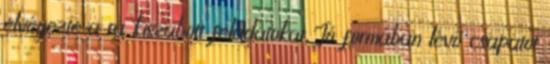
elvégezte a rá kiszabott feladatokat. Jó formában lévő csapatot